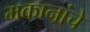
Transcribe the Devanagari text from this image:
मकानांचे